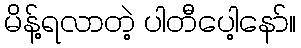
မိန့်ရလာတဲ့ ပါတီပေါ့နော်။